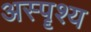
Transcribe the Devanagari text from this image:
अस्पॄश्य